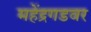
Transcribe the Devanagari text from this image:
महेंद्रगडवर